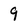
Character: 9